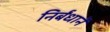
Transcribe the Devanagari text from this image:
निर्बंधानें